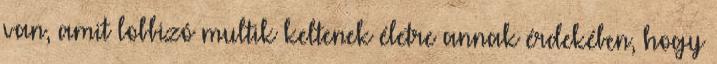
van, amit lobbizó multik keltenek életre annak érdekében, hogy